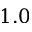
1 . 0